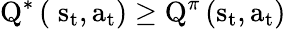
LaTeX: {\mathrm{{Q}}^{*}}\left({\; {\mathrm{{s}}_{\mathrm{{t}}}},{\mathrm{{a}}_{\mathrm{{t}}}}}\right)\ge{\mathrm{{Q}}^{\pi}}\left({{\mathrm{{s}}_{\mathrm{{t}}}},{\mathrm{{a}}_{\mathrm{{t}}}}}\right)